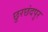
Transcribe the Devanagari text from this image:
छुरछंदपुर